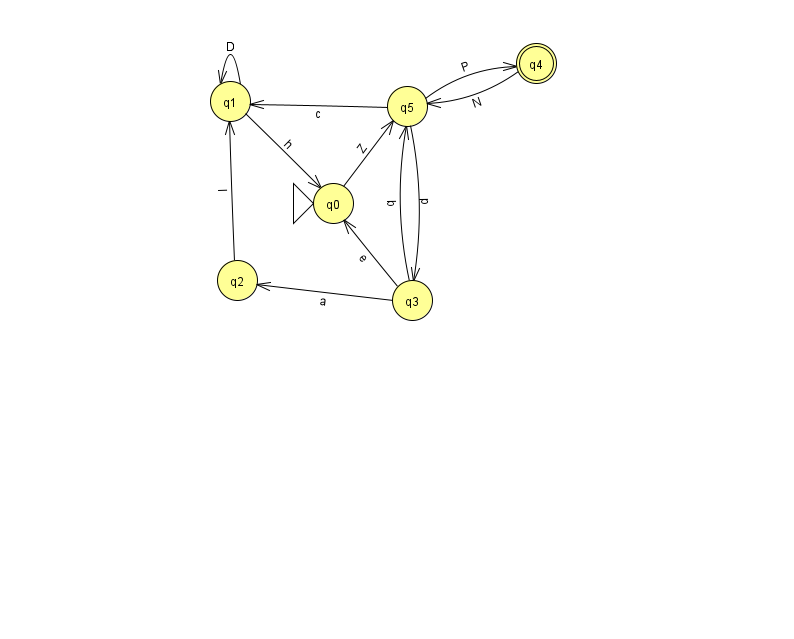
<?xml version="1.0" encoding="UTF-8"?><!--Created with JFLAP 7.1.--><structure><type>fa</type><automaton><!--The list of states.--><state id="0" name="q0"><x>333.0</x><y>190.0</y><initial/></state><state id="1" name="q1"><x>230.0</x><y>88.0</y></state><state id="2" name="q2"><x>237.0</x><y>267.0</y></state><state id="3" name="q3"><x>412.0</x><y>287.0</y></state><state id="4" name="q4"><x>536.0</x><y>50.0</y><final/></state><state id="5" name="q5"><x>407.0</x><y>93.0</y></state><!--The list of transitions.--><transition><from>3</from><to>2</to><read>a</read></transition><transition><from>3</from><to>0</to><read>e</read></transition><transition><from>1</from><to>1</to><read>D</read></transition><transition><from>5</from><to>3</to><read>p</read></transition><transition><from>5</from><to>4</to><read>P</read></transition><transition><from>3</from><to>5</to><read>b</read></transition><transition><from>5</from><to>1</to><read>c</read></transition><transition><from>0</from><to>5</to><read>Z</read></transition><transition><from>4</from><to>5</to><read>N</read></transition><transition><from>2</from><to>1</to><read>l</read></transition><transition><from>1</from><to>0</to><read>h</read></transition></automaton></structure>